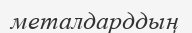
металдарддың